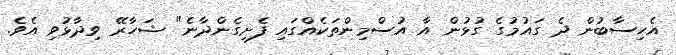
އެހިސާބުން ދެ ގައުމުގެ ގުޅުން އާ އުސްމިންތަކެއްގައި ފެށިގެންދާނެ" ޝަހާރޭ ވިދާޅުވި އެވެ.